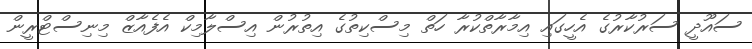
ސައޫދީ ސަރުކާރުގެ އެހީގައި އިމާރާތްކުރާ ހަތް މިސްކިތުގެ އިތުރުން އިސްލާމިކް އެފެއާޒް މިނިސްޓްރީން